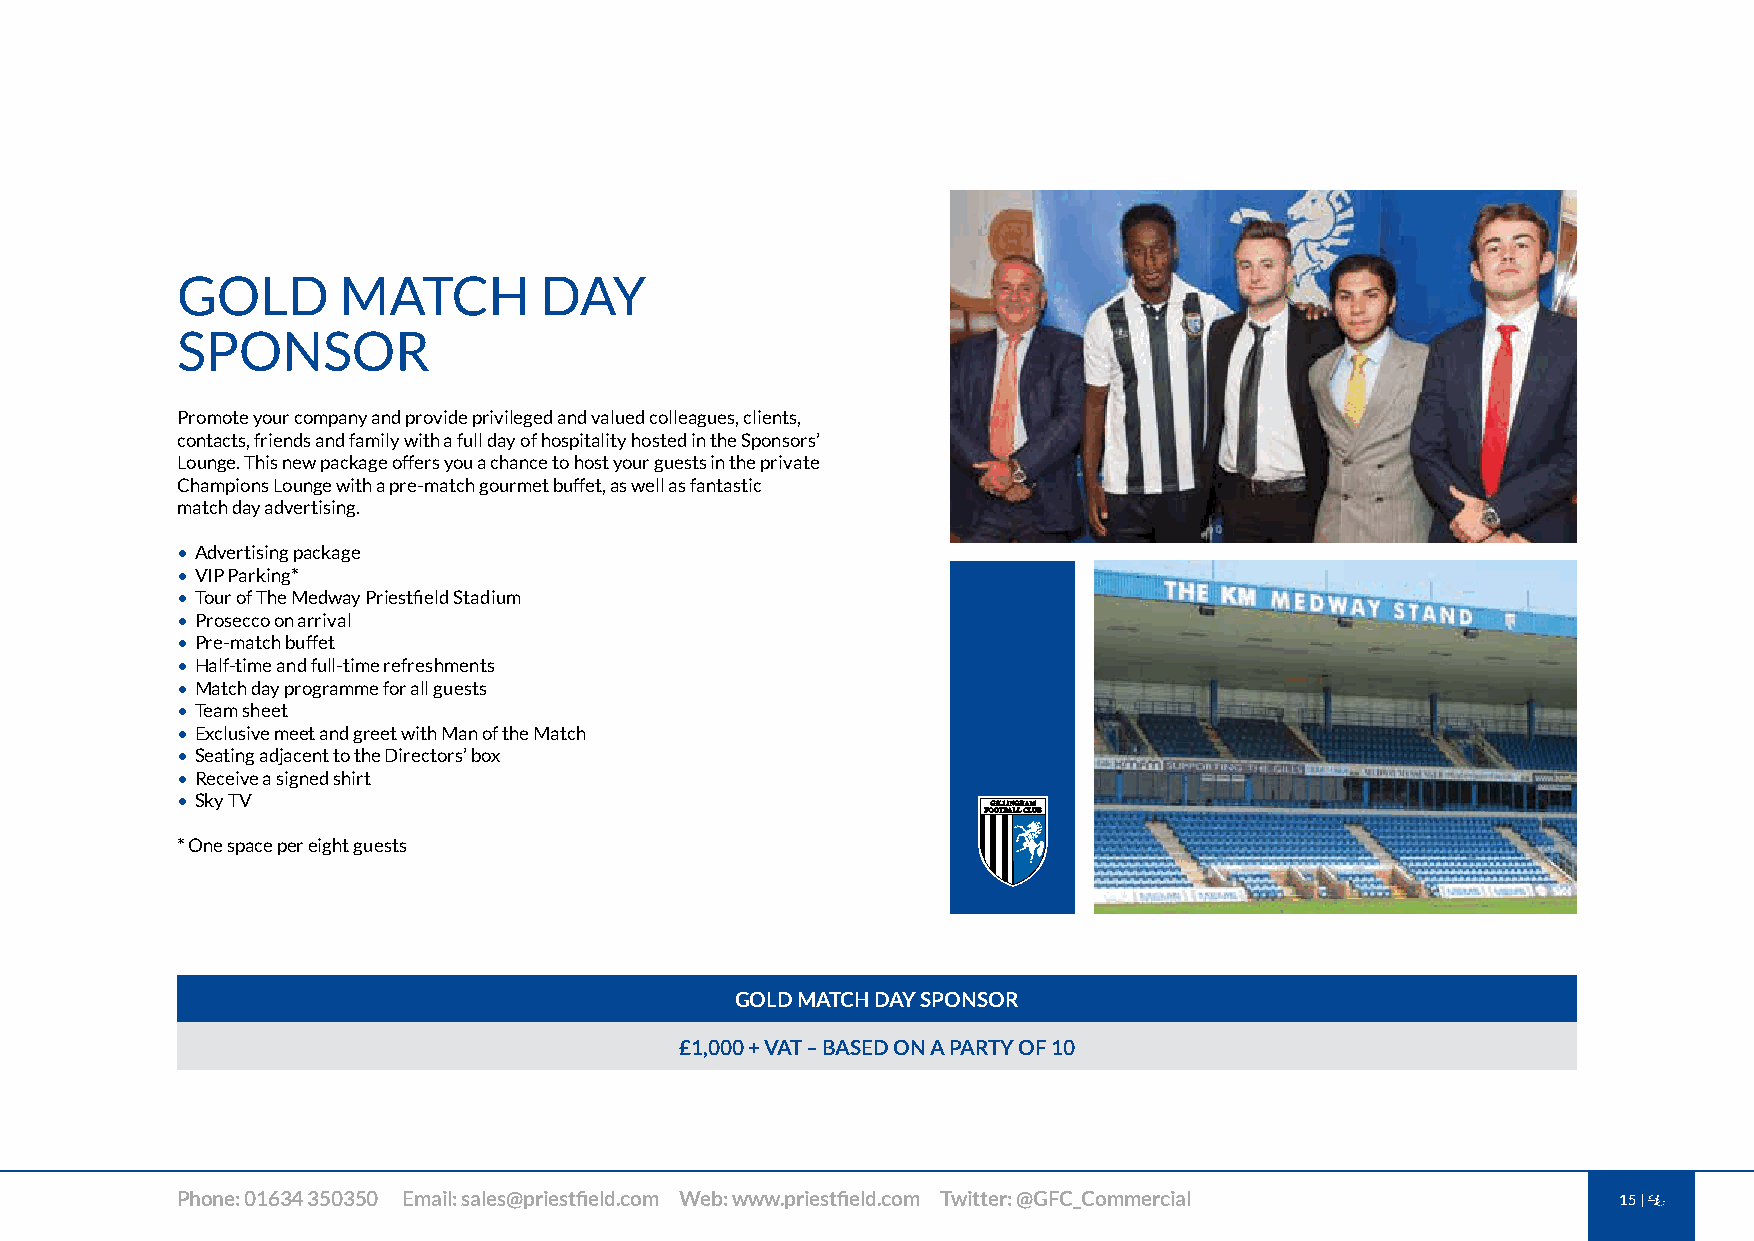
GOLD      MATCH         DAY
 SPONSOR
 Promote your company and provide privileged and valued colleagues, clients,
 contacts, friends and family with a full day of hospitality hosted in the Sponsors’
 Lounge. This new package offers you a chance to host your guests in the private
 Champions Lounge with a pre-match gourmet buffet, as well as fantastic
 match day advertising.
 • Advertising package
 • VIP Parking*
 • Tour of The Medway Priestfield Stadium
 • Prosecco on arrival
 • Pre-match buffet
 • Half-time and full-time refreshments
 • Match day programme for all guests
 • Team sheet
 • Exclusive meet and greet with Man of the Match
 • Seating adjacent to the Directors’ box
 • Receive a signed shirt
 • Sky TV
 * One space per eight guests
 GOLD MATCH DAY SPONSOR
 £1,000 + VAT – BASED ON A PARTY OF 10
 Phone: 01634 350350 Email: sales@priestfield.com Web: www.priestfield.com Twitter: @GFC_Commercial 15